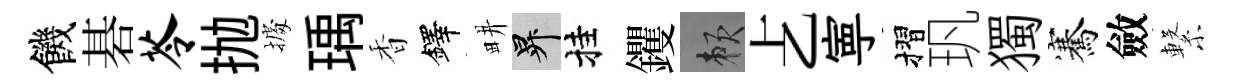
饑碁苓抛𢴃瑀香鐸畊升挂钁賴𠧒寕摺㺬獨騫斂繋